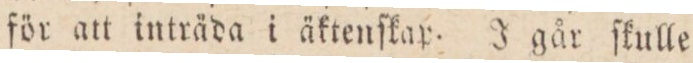
för att inträda i äktenſkar. J går ſkulle